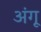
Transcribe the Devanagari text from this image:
अंगू